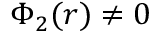
\Phi _ { 2 } ( r ) \neq 0